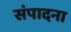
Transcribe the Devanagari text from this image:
संपादना